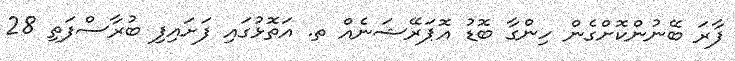
ފާރަ ބޭނުންކޮށްގެން ހިންގާ ބޮޑު އޮޕަރޭޝަނެއް ތ. އަތޮޅުގައި ފަށައިފި ބުރާސްފަތި 28